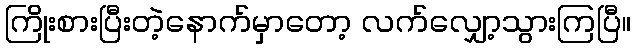
ကြိုးစားပြီးတဲ့နောက်မှာတော့ လက်လျှော့သွားကြပြီ။